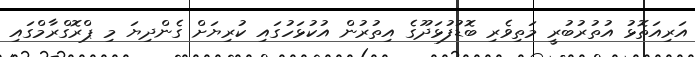
އަރިއަތޮޅު އުތުރުބުރީ މަތިވެރި ބޮޑުފުޅަދޫގެ އިތުރުން އުކުޅަހުގައި ކުރިޔަށް ގެންދިޔަ މި ޕްރޮގްރާމްގައި